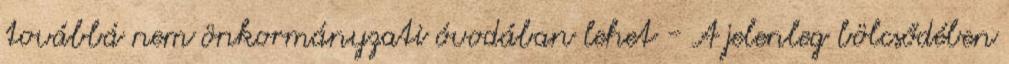
továbbá nem önkormányzati óvodában lehet - A jelenleg bölcsődében